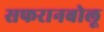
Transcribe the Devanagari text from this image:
सफरानबोलू